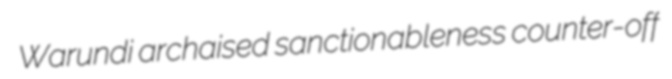
Warundi archaised sanctionableness counter-off